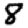
Digit: 8